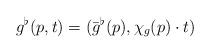
LaTeX: \begin{align*}g^{\flat}(p,t)=(\bar g^{\flat}(p), \chi_g(p)\cdot t)\end{align*}